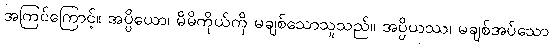
အကြင်ကြောင့်။ အပ္ပိယော၊ မိမိကိုယ်ကို မချစ်သောသူသည်။ အပ္ပိယဿ၊ မချစ်အပ်သော